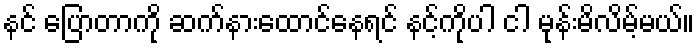
နင် ပြောတာကို ဆက်နားထောင်နေရင် နင့်ကိုပါ ငါ မုန်းမိလိမ့်မယ်။